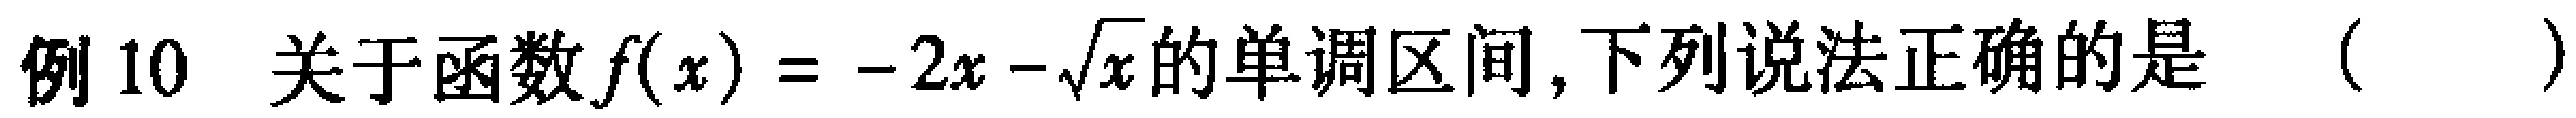
例10 关于函数\(f(x)= -2x-\sqrt{x}\)的单调区间，下列说法正确的是（  ）